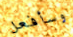
وسأفعل